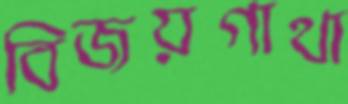
বিজয়গাথা